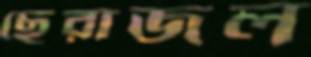
ছেরাজল